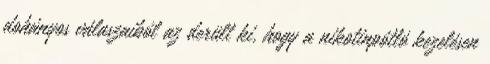
dohányos válaszaiból az derült ki, hogy a nikotinpótló kezelésen